Scottish Leaving Certificate Examination, 1955
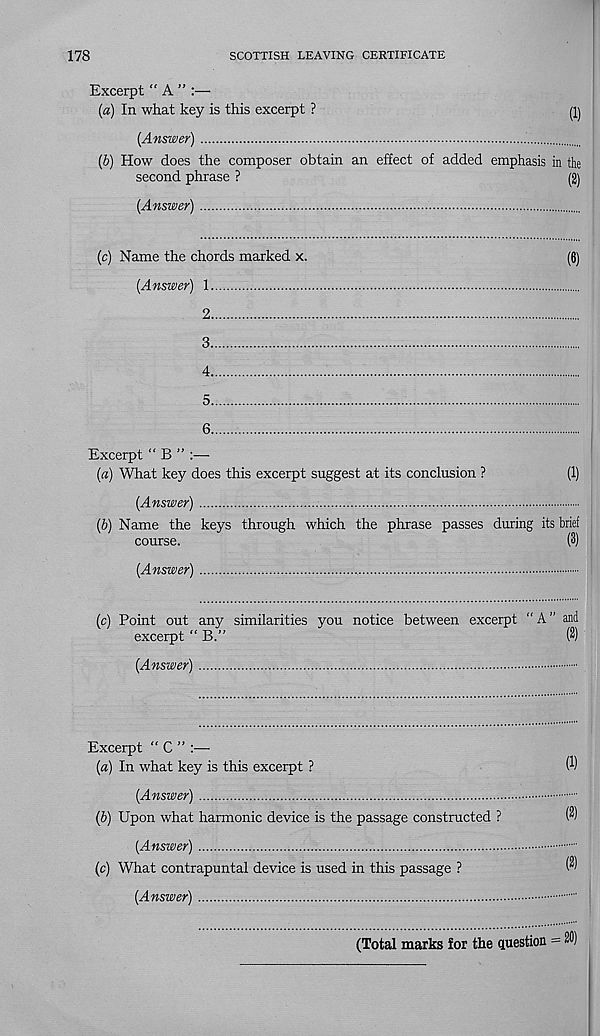
178
SCOTTISH LEAVING CERTIFICATE
Excerpt “ A ” :—
(a) In what key is this excerpt ?
(Answer)
(b) How does the composer obtain an effect of added emphasis in the
second phrase ?
(2)
(Answer)
(c) Name the chords marked x.
(6)
(Answer) 1
2
3
4
5
6
Excerpt “ B ” :—
(a) What key does this excerpt suggest at its conclusion ?
(1)
(Answer)
(b) Name the keys through which the phrase passes during its brief
course.
(3)
(Answer)
(c) Point out any similarities you notice between excerpt “ A ” and
excerpt “B.”
(2)
(Answer)
Excerpt “ C ”
(a) In what key is this excerpt ?
(Answer)
(b) Upon what harmonic device is the passage constructed ?
(Answer)
(c) What contrapuntal device is used in this passage ?
(Answer)
(1)
(2)
(2)
(Total marks for the question — 2D)